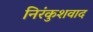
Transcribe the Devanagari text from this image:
निरंकुशवाद